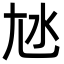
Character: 㝽